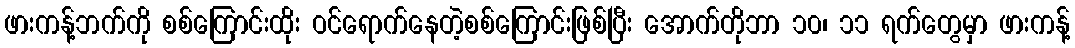
ဖားကန့်ဘက်ကို စစ်ကြောင်းထိုး ဝင်ရောက်နေတဲ့စစ်ကြောင်းဖြစ်ပြီး အောက်တိုဘာ ၁၀၊ ၁၁ ရက်တွေမှာ ဖားကန့်